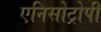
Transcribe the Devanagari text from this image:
एनिसोट्रोपी